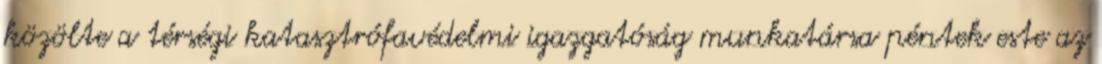
közölte a térségi katasztrófavédelmi igazgatóság munkatársa péntek este az